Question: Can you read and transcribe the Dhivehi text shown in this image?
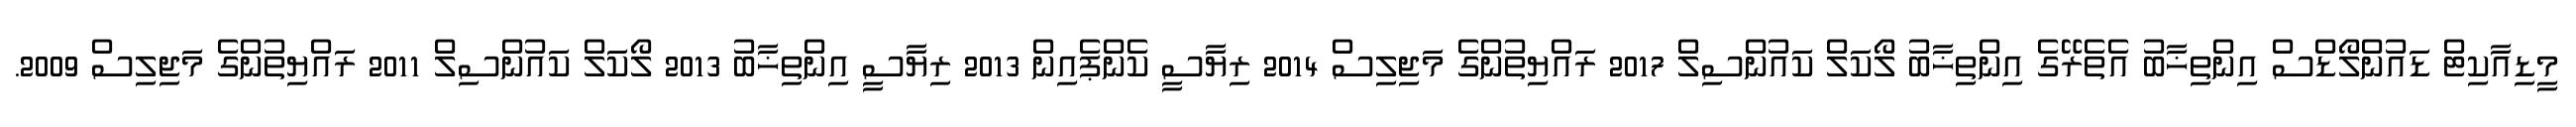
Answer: މީޑިއާކިޓް ޑައުންލޯޑްސް އިންތިޚާބު އެތެރޭގެ އިންތިޚާބު ލޯކަލް ކައުންސިލް 2017 ރައްޔިތުންގެ މަޖިލިސް 2014 ރިޔާސީ ކެންޕެއިން 2013 ރިޔާސީ އިންތިޚާބު 2013 ލޯކަލް ކައުންސިލް 2011 ރައްޔިތުންގެ މަޖިލިސް 2009.